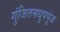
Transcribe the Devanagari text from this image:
गुंजितमधुपपुंज